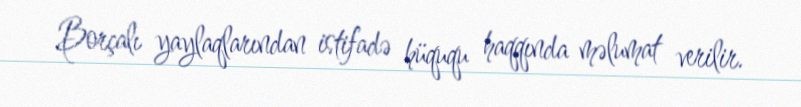
Borçalı yaylaqlarından istifadə hüququ haqqında məlumat verilir.